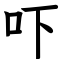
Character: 吓